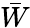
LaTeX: \bar{W}